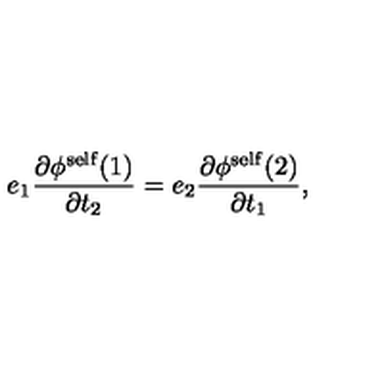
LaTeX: e _ { 1 } \frac { { \partial } { \phi } ^ { \mathrm { s e l f } } ( 1 ) } { { \partial } t _ { 2 } } = e _ { 2 } \frac { { \partial } { \phi } ^ { \mathrm { s e l f } } ( 2 ) } { { \partial } t _ { 1 } } ,